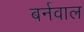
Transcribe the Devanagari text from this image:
बर्नवाल